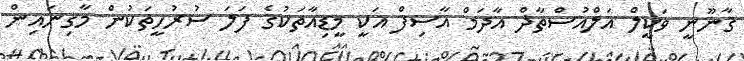
ޤާނޫނީ ވަކީލް އަލްއުސްތާޛް އާދަމް އާސިފް އަކީ މީޑިއާތަކުގެ ފަލަ ސުރުހީތަކުން މާގިނައިން